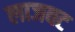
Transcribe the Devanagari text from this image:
लाजवट